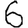
Digit: 6